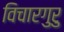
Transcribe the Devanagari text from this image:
विचारगुरु